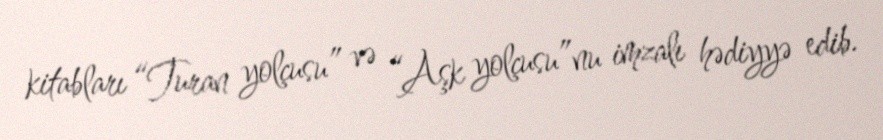
kitabları “Turan yolçusu” və “Aşk yolçusu”nu imzalı hədiyyə edib.